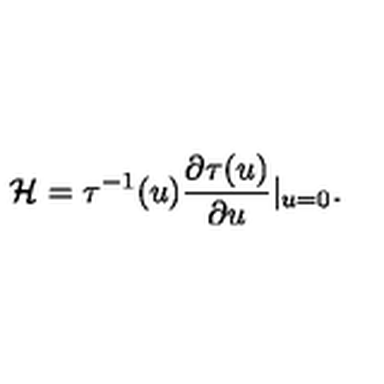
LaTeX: { \cal H } = \tau ^ { - 1 } ( u ) \frac { \partial \tau ( u ) } { \partial u } | _ { u = 0 } .